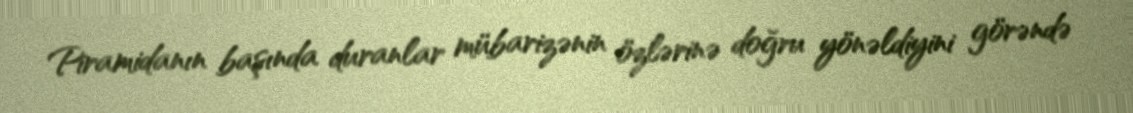
Piramidanın başında duranlar mübarizənin özlərinə doğru yönəldiyini görəndə